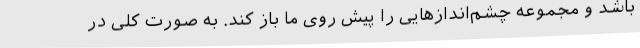
باشد و مجموعه چشم‌اندازهایی را پیش روی ما باز کند. به صورت کلی در